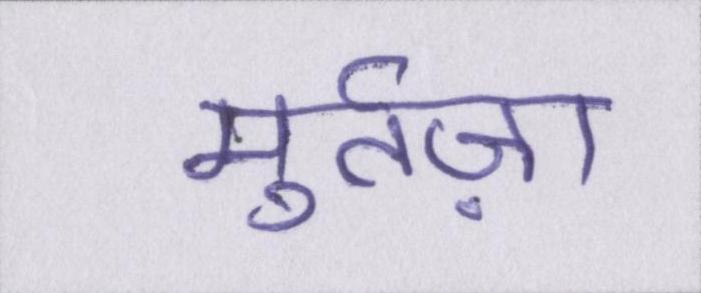
मुर्तज़ा